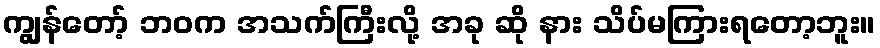
ကျွန်တော့် ဘဝက အသက်ကြီးလို့ အခု ဆို နား သိပ်မကြားရတော့ဘူး။